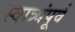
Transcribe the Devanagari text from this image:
स्वात्र्यंपूर्व